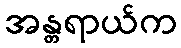
အန္တရာယ်က